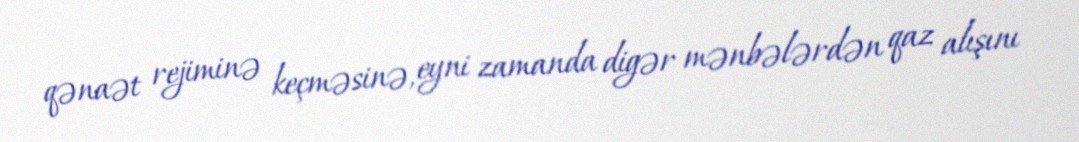
qənaət rejiminə keçməsinə, eyni zamanda digər mənbələrdən qaz alışını